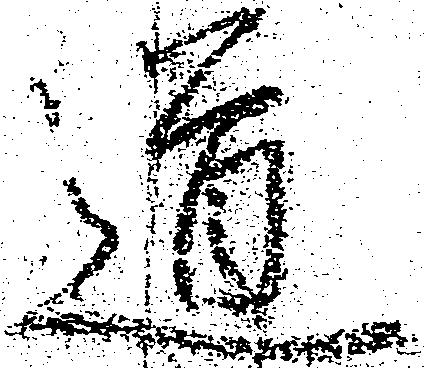
道